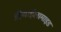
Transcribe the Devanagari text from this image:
डीथाईलामाइड